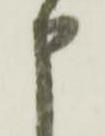
申